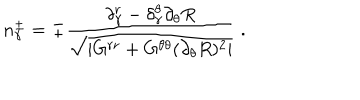
n _ { \gamma } ^ { \pm } = \mp \frac { \delta _ { \gamma } ^ { r } - \delta _ { \gamma } ^ { \theta } \partial _ { \theta } R } { \sqrt { | G ^ { r r } + G ^ { \theta \theta } ( \partial _ { \theta } R ) ^ { 2 } | } } \ .